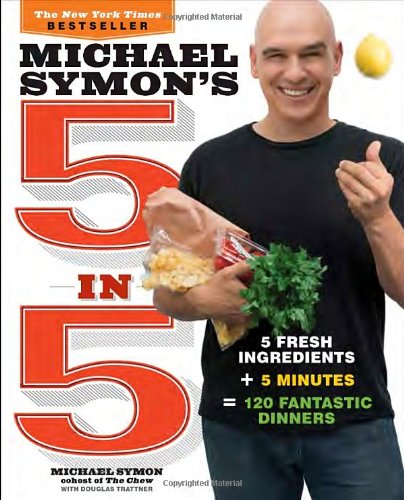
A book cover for Michael Symon's 5 in 5: 5 Fresh Ingredients + 5 Minutes = 120 Fantastic Dinners; Michael Symon; Cookbooks, Food & Wine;